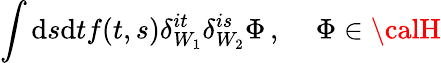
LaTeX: \int\mathrm{d}s\mathrm{d}tf(t,s)\delta_{W_{1}}^{it}\delta_{W_{2}}^{is}\Phi\, ,\, \, \, \, \, \, \, \Phi\in{\calH}